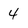
Character: 4